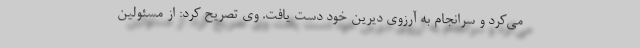
می‌کرد و سرانجام به آرزوی دیرین خود دست یافت. وی تصریح کرد: از مسئولین